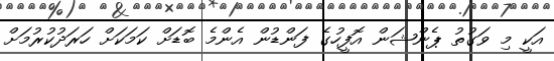
އަކީ މި ވަގުތު ޕެންޝަން އޮފީހުގެ ފަންޑުން އެންމެ ބޮޑަށް ކަމަކަށް ހަރަދުކުރުމަށް